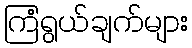
ကြံရွယ်ချက်များ